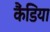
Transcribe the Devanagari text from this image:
कैंडिया